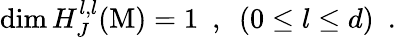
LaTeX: \dim{H_{J}^{l,l}}({\mathrm{M}})=1\, \, \, ,\, \, \, ({0\leq l\leq d})\, \, \, .